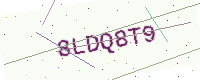
Text: 8LDQ8T9